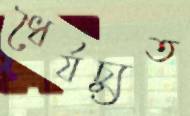
ধৈর্যচ্যুত